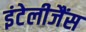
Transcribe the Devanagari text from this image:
इंटेलीजैंस